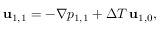
\begin{array} { r } { \mathbf { u } _ { 1 , 1 } = - \nabla p _ { 1 , 1 } + \Delta T \, \mathbf { u } _ { 1 , 0 } , } \end{array}